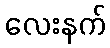
လေးနက်